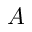
A